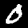
Label: 0